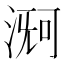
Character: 𬈊